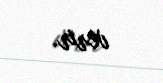
verir.